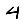
Digit: 4